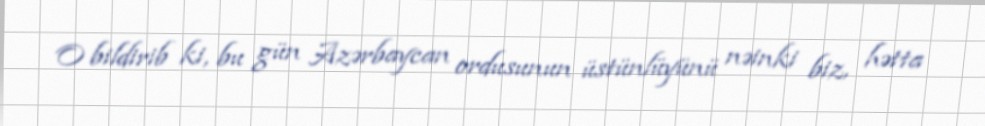
O bildirib ki, bu gün Azərbaycan ordusunun üstünlüyünü nəinki biz, hətta